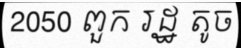
2050 ពួក រដ្ឋ តូច